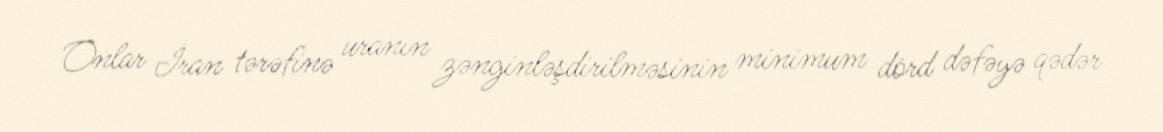
Onlar İran tərəfinə uranın zənginləşdirilməsinin minimum dörd dəfəyə qədər